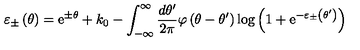
\varepsilon _ { \pm } \left( \theta \right) = \mathrm { e } ^ { \pm \theta } + k _ { 0 } - \int _ { - \infty } ^ { \infty } \frac { d \theta ^ { \prime } } { 2 \pi } \varphi \left( \theta - \theta ^ { \prime } \right) \log \left( 1 + \mathrm { e } ^ { - \varepsilon _ { \pm } \left( \theta ^ { \prime } \right) } \right)